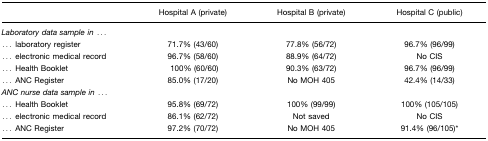
<table><thead><tr><td></td><td><b>Hospital A (private)</b></td><td><b>Hospital B (private)</b></td><td><b>Hospital C (public)</b></td></tr></thead><tbody><tr><td colspan="4"><i>Laboratory data sample in ...</i></td></tr><tr><td>... laboratory register</td><td>71.7% (43/60)</td><td>77.8% (56/72)</td><td>96.7% (96/99)</td></tr><tr><td>... electronic medical record</td><td>96.7% (58/60)</td><td>88.9% (64/72)</td><td>No CIS</td></tr><tr><td>... Health Booklet</td><td>100% (60/60)</td><td>90.3% (63/72)</td><td>96.7% (96/99)</td></tr><tr><td>... ANC Register</td><td>85.0% (17/20)</td><td>No MOH 405</td><td>42.4% (14/33)</td></tr><tr><td colspan="4"><i>ANC nurse data sample in</i> ...</td></tr><tr><td>... Health Booklet</td><td>95.8% (69/72)</td><td>100% (99/99)</td><td>100% (105/105)</td></tr><tr><td>... electronic medical record</td><td>86.1% (62/72)</td><td>Not saved</td><td>No CIS</td></tr><tr><td>... ANC Register</td><td>97.2% (70/72)</td><td>No MOH 405</td><td>91.4% (96/105)*</td></tr></tbody></table>